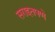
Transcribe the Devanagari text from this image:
सराइतपणे